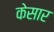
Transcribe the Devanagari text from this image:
केसार